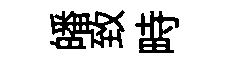
皤致畤